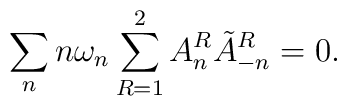
\sum_n n\omega_n\sum_{R=1}^{2}A_n^R\tilde{A}_{-n}^R=0.